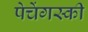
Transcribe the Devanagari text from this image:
पेचेंगस्की